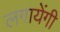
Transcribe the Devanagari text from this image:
लगायेंगी